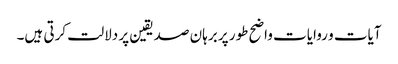
آیات و روایات واضح طور پر برہان صدیقین پر دلالت کرتی ہیں۔